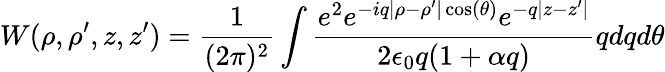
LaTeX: W(\rho,\rho^{\prime},z,z^{\prime})=\frac{1}{(2\pi)^{2}}\int\frac{e^{2}e^{-iq|\rho-\rho^{\prime}|\cos(\theta)}e^{-q|z-z^{\prime}|}}{2\epsilon_{0}q(1+\alpha q)}qdqd\theta